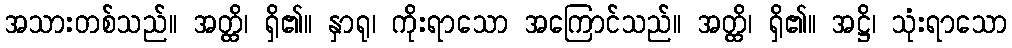
အသားတစ်သည်။ အတ္ထိ၊ ရှိ၏။ နှာရု၊ ကိုးရာသော အကြောင်သည်။ အတ္ထိ၊ ရှိ၏။ အဋ္ဌိ၊ သုံးရာသော